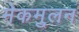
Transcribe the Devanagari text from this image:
मेकमुलन